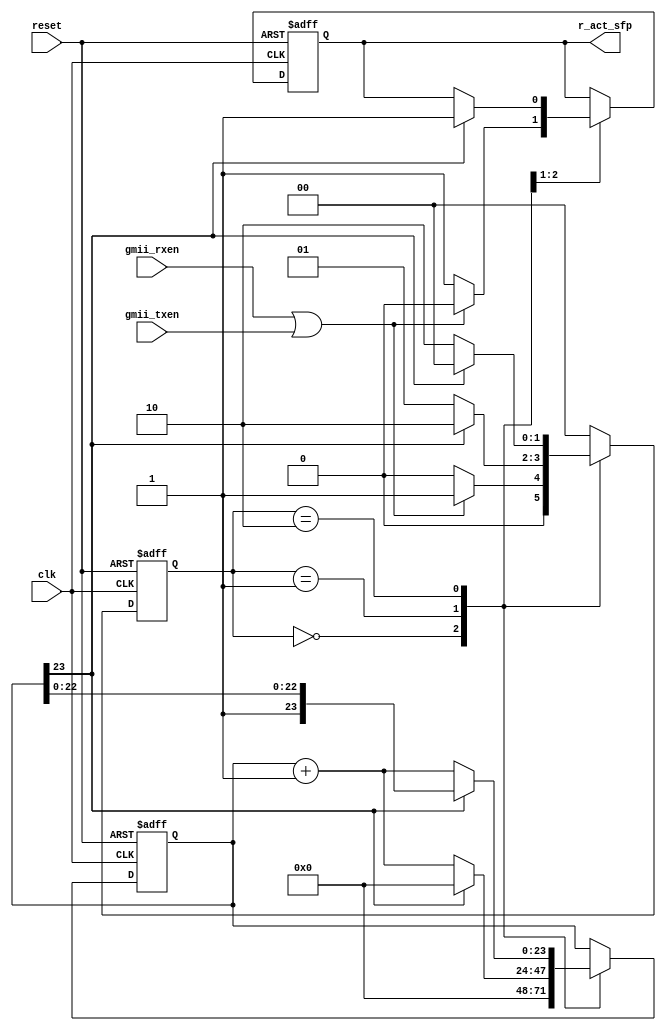
module act_led(
       clk,
reset,
gmii_rxen,
gmii_txen,
r_act_sfp);
input clk;
input reset;
input gmii_rxen;
input gmii_txen;
output r_act_sfp;

reg [23:0] count_led;
reg r_act_sfp;
reg  [1:0]current_state;
parameter idle=2'b0,
          first =2'b01,
          second=2'b10;

always@(posedge clk or negedge reset)
   if(!reset)
	 begin
	  count_led <= 24'b0;
	  r_act_sfp <= 1'b1;		  
	  current_state <= idle;  
	 end
	 else
	 begin
      case(current_state)
       idle:
           begin 
            count_led <= 24'b0;           
            if((gmii_rxen == 1'b1)||(gmii_txen == 1'b1))
             begin
              r_act_sfp <= 1'b0;
             
              current_state <= first;
             end
             else
              begin
               r_act_sfp <= 1'b1;
               current_state <= idle;
              end
           end
        first:
           begin
            count_led <= count_led+1'b1; 
             if(count_led[23] == 1'b1)
              begin
               r_act_sfp <= 1'b1;
               count_led <= 24'b0;
               current_state <= second;
              end
              else
              begin
               current_state <= first;
              end
           end
         second:
            begin
             if(count_led[23] == 1'b1)
              begin              
               current_state <= idle;
              end
              else
               begin
                count_led <= count_led+1'b1; 
                current_state <= second;
               end
            end
         default:
            begin
             current_state <= idle;
            end 
       endcase
     end
 endmodule